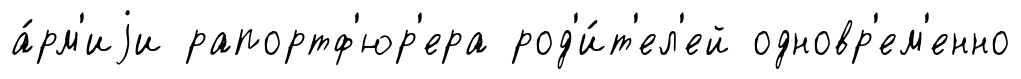
а́рм'иjи рапортф'юр'ера род'и́т'ел'ей одновр'ем'енно